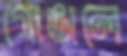
গোঙালে